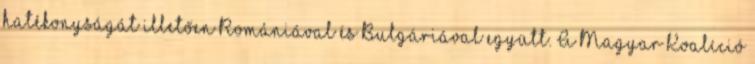
hatékonyságát illetően Romániával és Bulgáriával együtt. A Magyar Koalíció